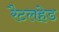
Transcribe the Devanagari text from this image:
रैटलहेड